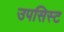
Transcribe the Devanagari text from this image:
उपसिस्ट